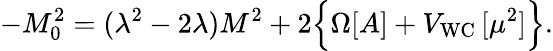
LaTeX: -M_{0}^{2}=(\lambda^{2}-2\lambda)M^{2}+2\Bigl\{ \Omega[A]+V_{\mathrm{WC}}\, [\mu^{2}]\Bigr\} .